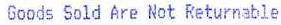
GOODS SOLD ARE NOT RETURNABLE